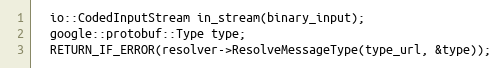
Language: C++
  io::CodedInputStream in_stream(binary_input);
  google::protobuf::Type type;
  RETURN_IF_ERROR(resolver->ResolveMessageType(type_url, &type));